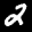
Label: 2